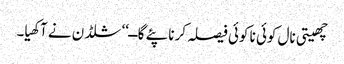
چھیتی نال کوئی نا کوئی فیصلہ کرنا پئے گا ــ‘‘ شلڈن نے آکھیا۔